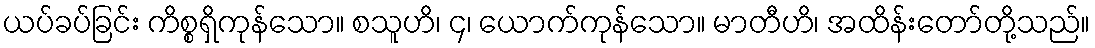
ယပ်ခပ်ခြင်း ကိစ္စရှိကုန်သော။ စသူဟိ၊ ၄၊ ယောက်ကုန်သော။ မာတီဟိ၊ အထိန်းတော်တို့သည်။